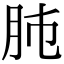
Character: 𦙛